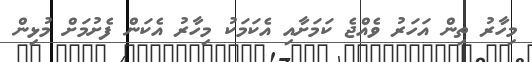
މިހާރު ތިން އަހަރު ވެއްޖެ ކަމަށާއި އެކަމަކު މިހާރު އެކަން ފެށުމަށް މުޅިން